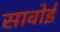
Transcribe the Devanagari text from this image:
सावोई